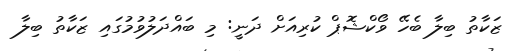
ޒަކާތު ބިލާ ބެހޭ ވޯކްޝޮޕް ކުރިއަށް ދަނީ: މި ބައްދަލުވުމުގައި ޒަކާތު ބިލާ